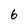
Character: 6